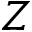
Z